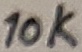
Text: 10K